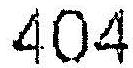
404